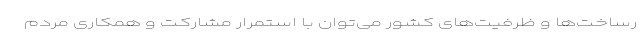
رساخت‌ها و ظرفیت‌های کشور می‌توان با استمرار مشارکت و همکاری مردم